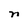
Character: n